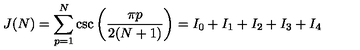
J ( N ) = \sum _ { p = 1 } ^ { N } \csc \left( { \frac { \pi p } { 2 ( N + 1 ) } } \right) = I _ { 0 } + I _ { 1 } + I _ { 2 } + I _ { 3 } + I _ { 4 }